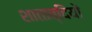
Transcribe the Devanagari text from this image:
शाताब्दियों